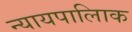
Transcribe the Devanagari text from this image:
न्यायपालिाक